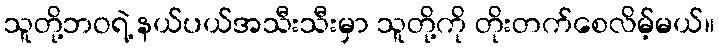
သူတို့ဘဝရဲ့ နယ်ပယ်အသီးသီးမှာ သူတို့ကို တိုးတက်စေလိမ့်မယ်။